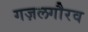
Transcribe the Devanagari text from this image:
गज़लगौरव